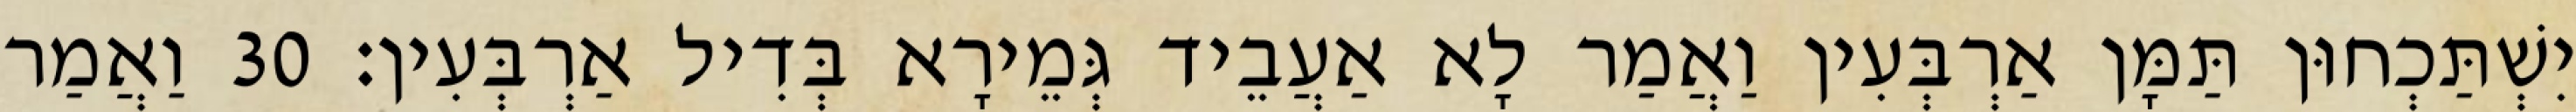
יִשְׁתַּכְחוּן תַּמָּן אַרְבְּעִין וַאֲמַר לָא אַעֲבֵיד גְּמֵירָא בְּדִיל אַרְבְּעִין׃ 30 וַאֲמַר